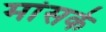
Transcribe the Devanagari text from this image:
मांसके